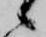
候